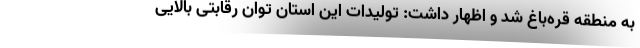
به منطقه قره‌باغ شد و اظهار داشت: تولیدات این استان توان رقابتی بالایی